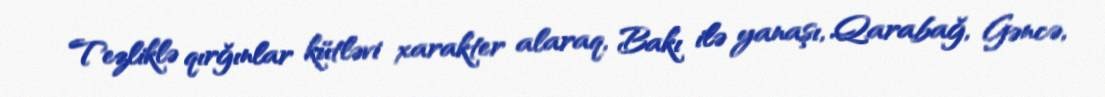
Tezliklə qırğınlar kütləvi xarakter alaraq, Bakı ilə yanaşı, Qarabağ, Gəncə,